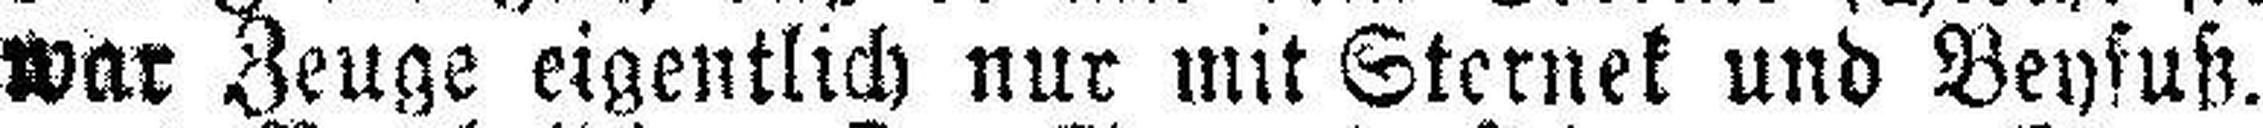
war Zeuge eigentlich nur mit Sternek und Beyfuß.